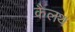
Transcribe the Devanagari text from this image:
कैलथ